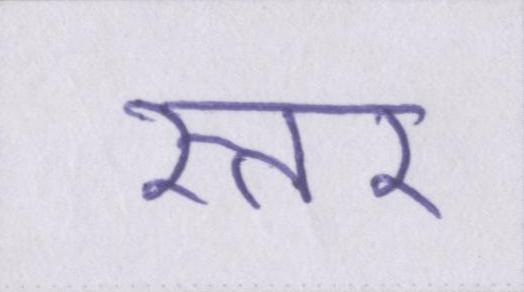
स्तर